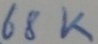
Text: 68K